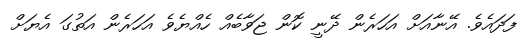
ފަދައެވެ. އޭނާއަށް އަހަރެން ދޭނީ ކޮން ޖަވާބެއް ހެއްޔެވެ އަހަރެން އަތުގަ އެޔަށް